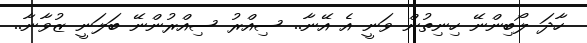
ހާދަ ލޯބިންނޭ ހިނިތުން ވަނީ އެ އޭނާ.. ސިއްރު ސިއްރުންނޭ ބަލަނީ ޒުވާނާ..